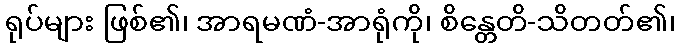
ရုပ်များ ဖြစ်၏၊ အာရမဏံ-အာရုံကို၊ စိန္တေတိ-သိတတ်၏၊